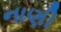
નાણી